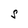
Character: S